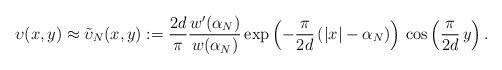
LaTeX: \begin{align*}\upsilon(x,y) \approx \tilde{\upsilon}_{N}(x,y) :=\frac{2d}{\pi} \frac{w'(\alpha_{N})}{w(\alpha_{N})} \exp \left( - \frac{\pi}{2d}\, (|x| - \alpha_{N}) \right)\, \cos \left( \frac{\pi}{2d}\, y \right).\end{align*}